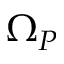
\Omega _ { P }